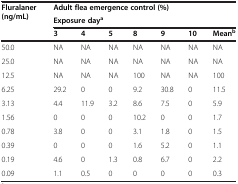
<table><thead><tr><td rowspan="2"><b>Fluralaner (ng/mL)</b></td><td colspan="7"><b>Adult flea emergence control (%)</b></td></tr><tr><td colspan="7"><b>Exposure day<sup>a</sup></b></td></tr><tr><td><b> </b></td><td><b>3</b></td><td><b>4</b></td><td><b>5</b></td><td><b>8</b></td><td><b>9</b></td><td><b>10</b></td><td><b>Mean<sup>b</sup></b></td></tr></thead><tbody><tr><td>50.0</td><td>NA</td><td>NA</td><td>NA</td><td>NA</td><td>NA</td><td>NA</td><td>NA</td></tr><tr><td>25.0</td><td>NA</td><td>NA</td><td>NA</td><td>NA</td><td>NA</td><td>NA</td><td>NA</td></tr><tr><td>12.5</td><td>NA</td><td>NA</td><td>NA</td><td>100</td><td>NA</td><td>NA</td><td>100</td></tr><tr><td>6.25</td><td>29.2</td><td>0</td><td>0</td><td>9.2</td><td>30.8</td><td>0</td><td>11.5</td></tr><tr><td>3.13</td><td>4.4</td><td>11.9</td><td>3.2</td><td>8.6</td><td>7.5</td><td>0</td><td>5.9</td></tr><tr><td>1.56</td><td>0</td><td>0</td><td>0</td><td>10.2</td><td>0</td><td>0</td><td>1.7</td></tr><tr><td>0.78</td><td>3.8</td><td>0</td><td>0</td><td>3.1</td><td>1.8</td><td>0</td><td>1.5</td></tr><tr><td>0.39</td><td>0</td><td>0</td><td>0</td><td>1.6</td><td>5.2</td><td>0</td><td>1.1</td></tr><tr><td>0.19</td><td>4.6</td><td>0</td><td>1.3</td><td>0.8</td><td>6.7</td><td>0</td><td>2.2</td></tr><tr><td>0.09</td><td>1.1</td><td>0.5</td><td>0</td><td>0</td><td>0</td><td>0</td><td>0.3</td></tr></tbody></table>